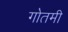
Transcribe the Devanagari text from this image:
गोतमी